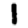
Digit: 1